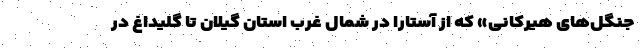
جنگل‌های هیرکانی» که از آستارا در شمال غرب استان گیلان تا گلیداغ در